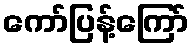
ကော်ပြန့်ကြော်